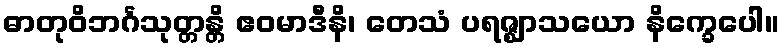
ဓာတုဝိဘင်္ဂသုတ္တန္တိ ဧဝမာဒီနိ၊ တေသံ ပရဇ္ဈာသယော နိက္ခေပေါ။